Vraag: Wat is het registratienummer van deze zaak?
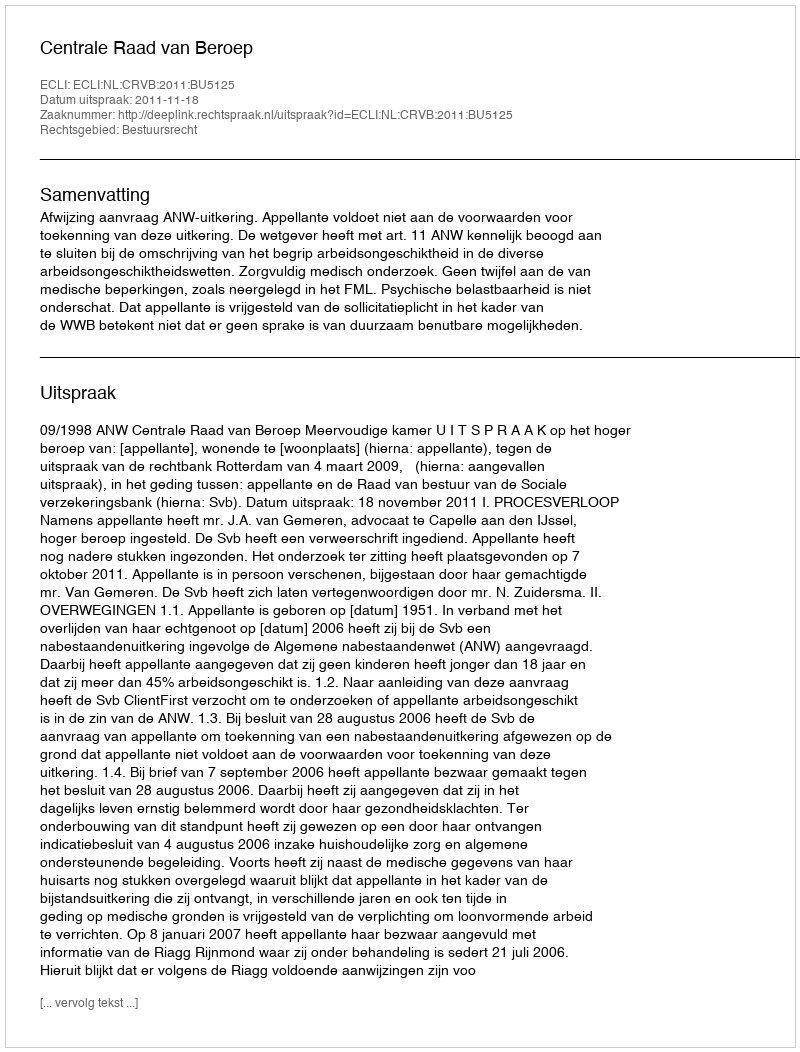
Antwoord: http://deeplink.rechtspraak.nl/uitspraak?id=ECLI:NL:CRVB:2011:BU5125